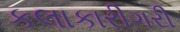
કલાકારીગરી